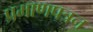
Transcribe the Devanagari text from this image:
प्रमाणपत्रन